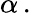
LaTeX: \alpha\, .